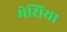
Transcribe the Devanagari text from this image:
मेसिया